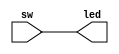
module TopModule(input sw, output led);
	assign led = sw;
endmodule